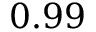
0 . 9 9